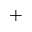
^ +